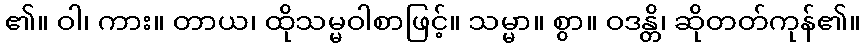
၏။ ဝါ၊ ကား။ တာယ၊ ထိုသမ္မဝါစာဖြင့်။ သမ္မာ။ စွာ။ ဝဒန္တိ၊ ဆိုတတ်ကုန်၏။